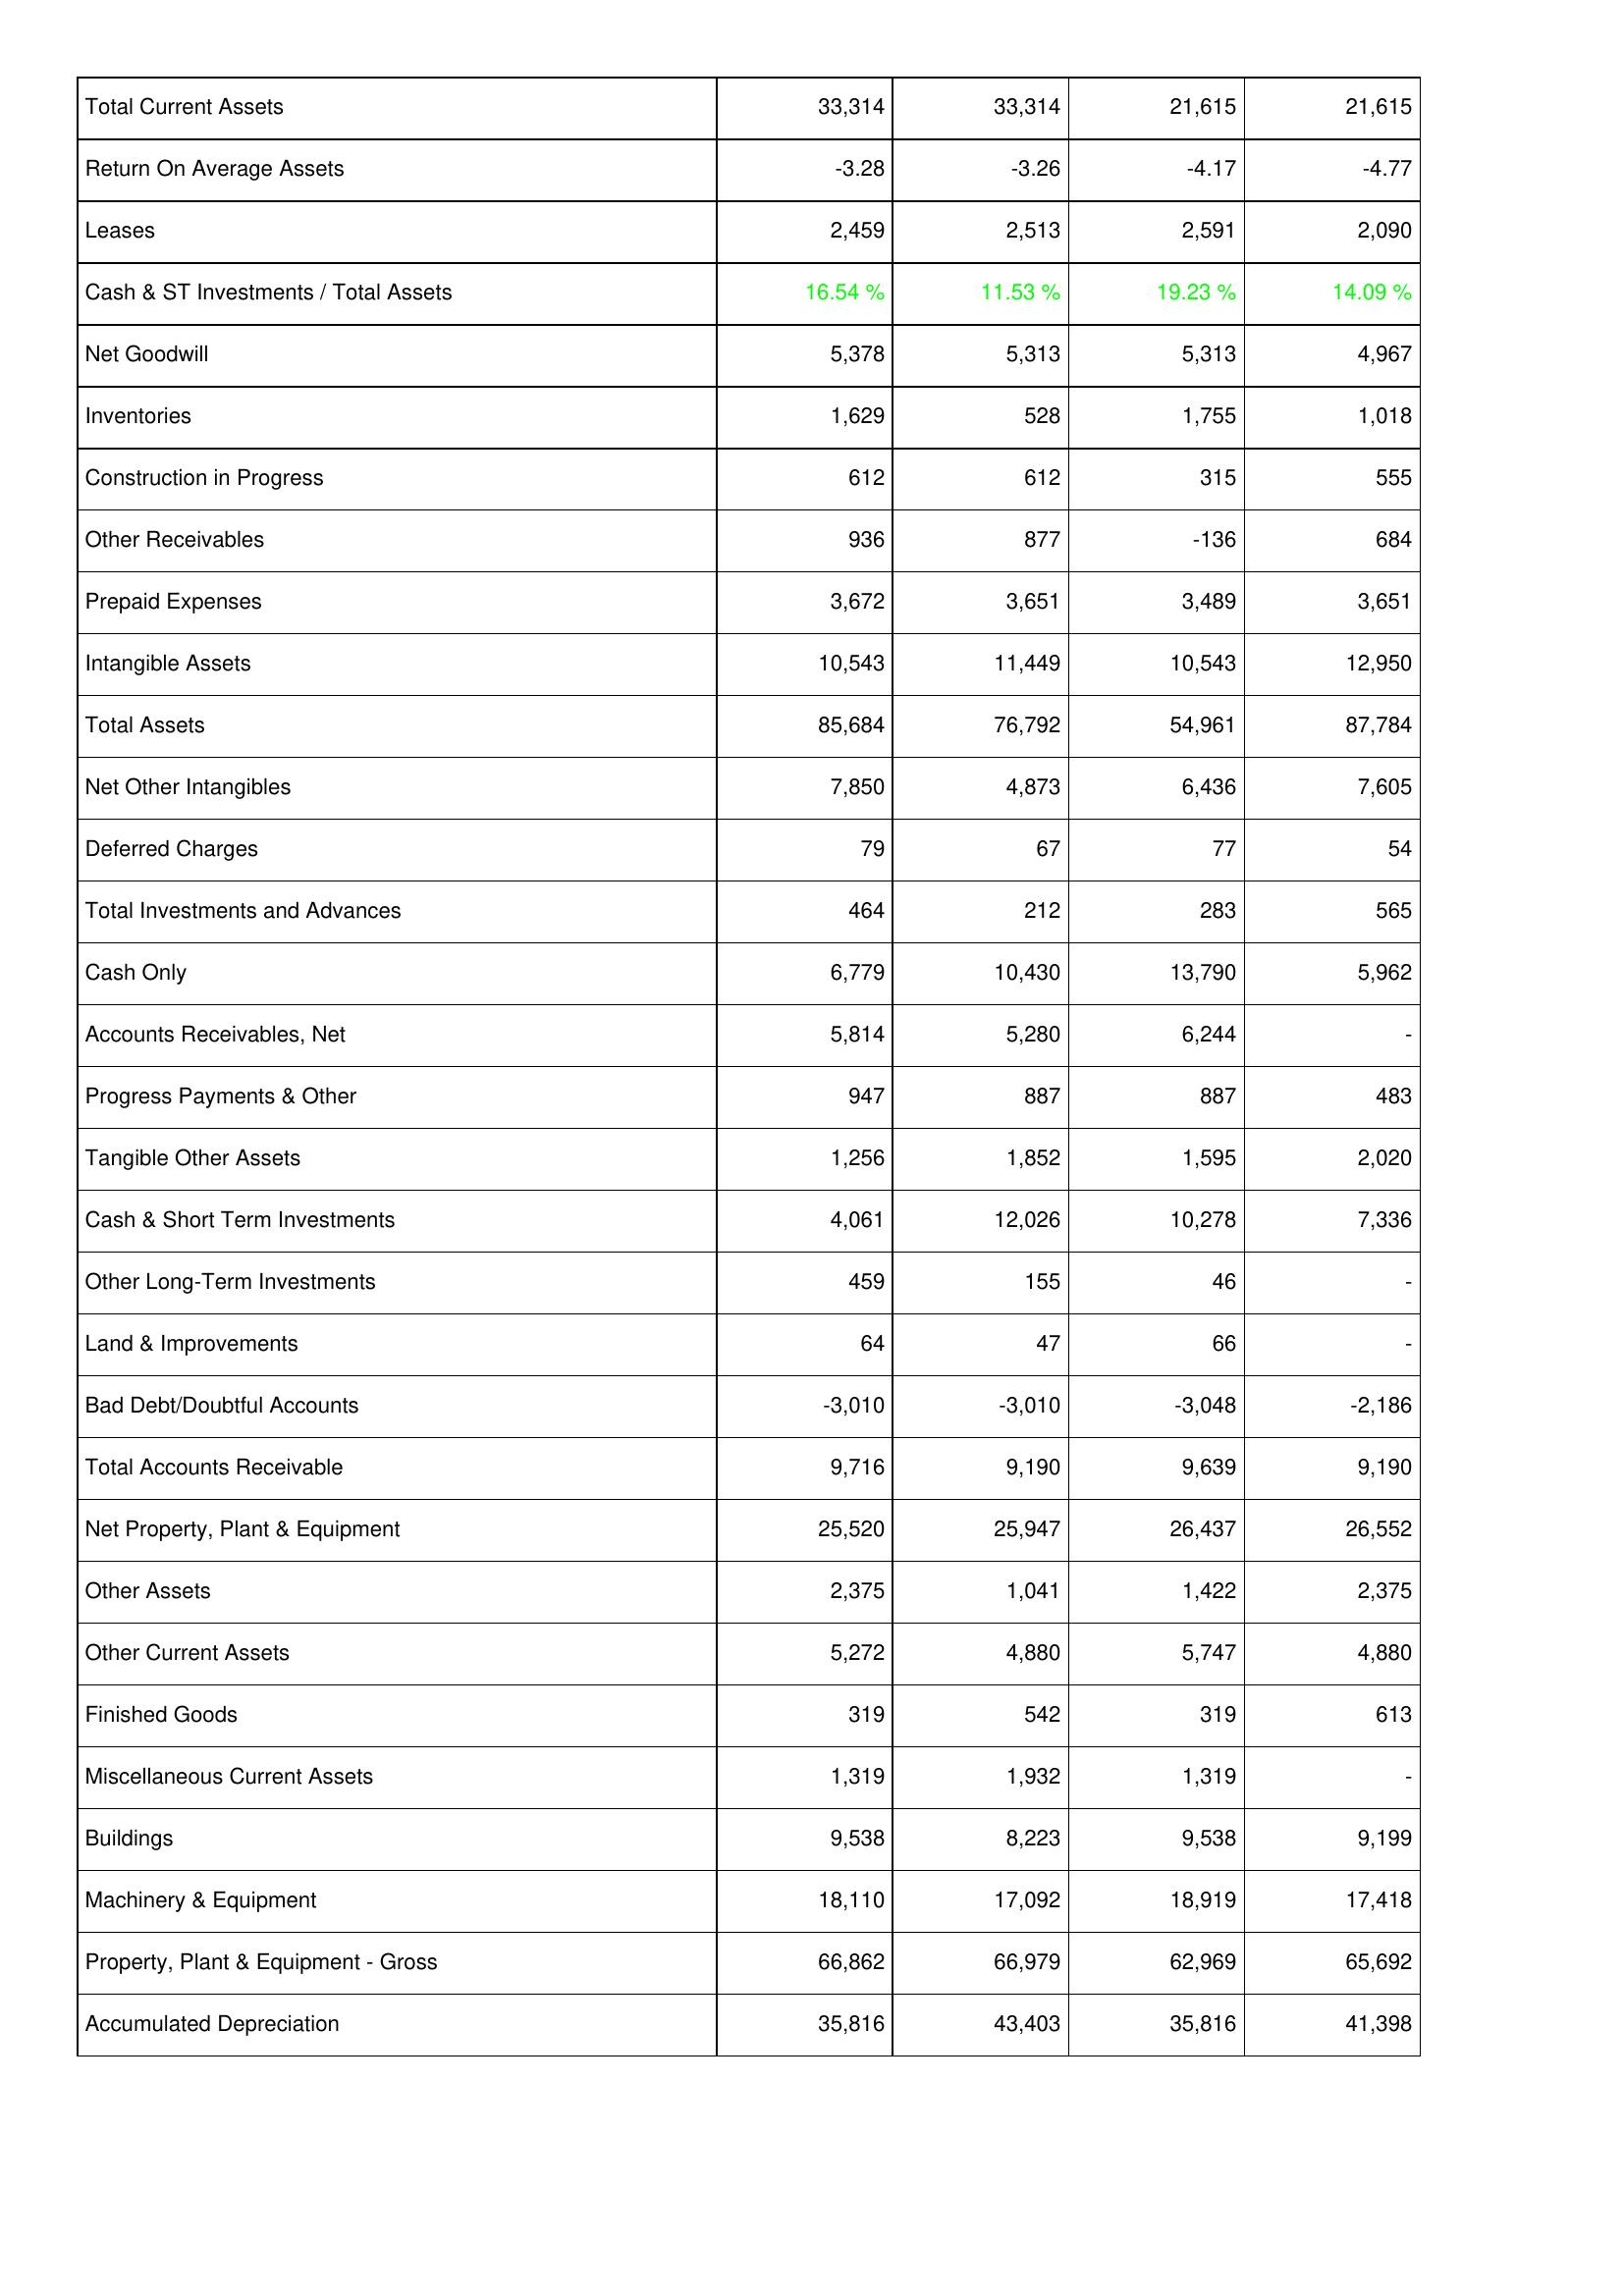
2023: Assets: Total Current Assets: 33,314
Return On Average Assets: -3.28
Leases: 2,459
Cash & ST Investments / Total Assets: 16.54 %
Net Goodwill: 5,378
Inventories: 1,629
Construction in Progress: 612
Other Receivables: 936
Prepaid Expenses: 3,672
Intangible Assets: 10,543
Total Assets: 85,684
Net Other Intangibles: 7,850
Deferred Charges: 79
Total Investments and Advances: 464
Cash Only: 6,779
Accounts Receivables, Net: 5,814
Progress Payments & Other: 947
Tangible Other Assets: 1,256
Cash & Short Term Investments: 4,061
Other Long-Term Investments: 459
Land & Improvements: 64
Bad Debt/Doubtful Accounts: -3,010
Total Accounts Receivable: 9,716
Net Property, Plant & Equipment: 25,520
Other Assets: 2,375
Other Current Assets: 5,272
Finished Goods: 319
Miscellaneous Current Assets: 1,319
Buildings: 9,538
Machinery & Equipment: 18,110
Property, Plant & Equipment - Gross: 66,862
Accumulated Depreciation: 35,816
2022: Assets: Total Current Assets: 33,314
Return On Average Assets: -3.26
Leases: 2,513
Cash & ST Investments / Total Assets: 11.53 %
Net Goodwill: 5,313
Inventories: 528
Construction in Progress: 612
Other Receivables: 877
Prepaid Expenses: 3,651
Intangible Assets: 11,449
Total Assets: 76,792
Net Other Intangibles: 4,873
Deferred Charges: 67
Total Investments and Advances: 212
Cash Only: 10,430
Accounts Receivables, Net: 5,280
Progress Payments & Other: 887
Tangible Other Assets: 1,852
Cash & Short Term Investments: 12,026
Other Long-Term Investments: 155
Land & Improvements: 47
Bad Debt/Doubtful Accounts: -3,010
Total Accounts Receivable: 9,190
Net Property, Plant & Equipment: 25,947
Other Assets: 1,041
Other Current Assets: 4,880
Finished Goods: 542
Miscellaneous Current Assets: 1,932
Buildings: 8,223
Machinery & Equipment: 17,092
Property, Plant & Equipment - Gross: 66,979
Accumulated Depreciation: 43,403
2021: Assets: Total Current Assets: 21,615
Return On Average Assets: -4.17
Leases: 2,591
Cash & ST Investments / Total Assets: 19.23 %
Net Goodwill: 5,313
Inventories: 1,755
Construction in Progress: 315
Other Receivables: -136
Prepaid Expenses: 3,489
Intangible Assets: 10,543
Total Assets: 54,961
Net Other Intangibles: 6,436
Deferred Charges: 77
Total Investments and Advances: 283
Cash Only: 13,790
Accounts Receivables, Net: 6,244
Progress Payments & Other: 887
Tangible Other Assets: 1,595
Cash & Short Term Investments: 10,278
Other Long-Term Investments: 46
Land & Improvements: 66
Bad Debt/Doubtful Accounts: -3,048
Total Accounts Receivable: 9,639
Net Property, Plant & Equipment: 26,437
Other Assets: 1,422
Other Current Assets: 5,747
Finished Goods: 319
Miscellaneous Current Assets: 1,319
Buildings: 9,538
Machinery & Equipment: 18,919
Property, Plant & Equipment - Gross: 62,969
Accumulated Depreciation: 35,816
2020: Assets: Total Current Assets: 21,615
Return On Average Assets: -4.77
Leases: 2,090
Cash & ST Investments / Total Assets: 14.09 %
Net Goodwill: 4,967
Inventories: 1,018
Construction in Progress: 555
Other Receivables: 684
Prepaid Expenses: 3,651
Intangible Assets: 12,950
Total Assets: 87,784
Net Other Intangibles: 7,605
Deferred Charges: 54
Total Investments and Advances: 565
Cash Only: 5,962
Accounts Receivables, Net: -
Progress Payments & Other: 483
Tangible Other Assets: 2,020
Cash & Short Term Investments: 7,336
Other Long-Term Investments: -
Land & Improvements: -
Bad Debt/Doubtful Accounts: -2,186
Total Accounts Receivable: 9,190
Net Property, Plant & Equipment: 26,552
Other Assets: 2,375
Other Current Assets: 4,880
Finished Goods: 613
Miscellaneous Current Assets: -
Buildings: 9,199
Machinery & Equipment: 17,418
Property, Plant & Equipment - Gross: 65,692
Accumulated Depreciation: 41,398